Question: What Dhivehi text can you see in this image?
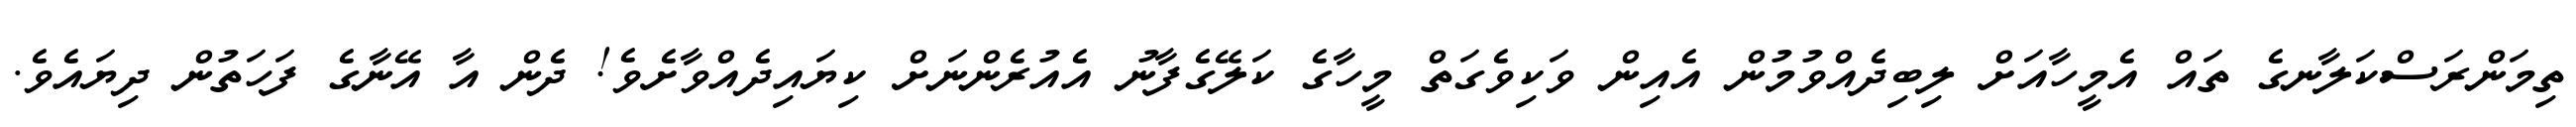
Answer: ތިމަންރަސްކަލާނގެ ތައް އެމީހާއަށް ލިބިދެއްވުމުން އެއިން ވަކިވެގަތް މީހާގެ ކަލޭގެފާނު އެއުރެންނަށް ކިޔައިދެއްވާށެވެ! ދެން އާ އޭނާގެ ފަހަތުން ދިޔައެވެ.